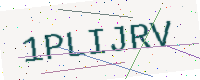
Text: 1PLIJRV